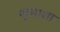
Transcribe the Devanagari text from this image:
शुभाशा